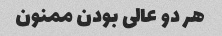
هر دو عالی بودن ممنون